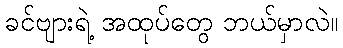
ခင်ဗျားရဲ့ အထုပ်တွေ ဘယ်မှာလဲ။